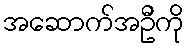
အဆောက်အဦကို